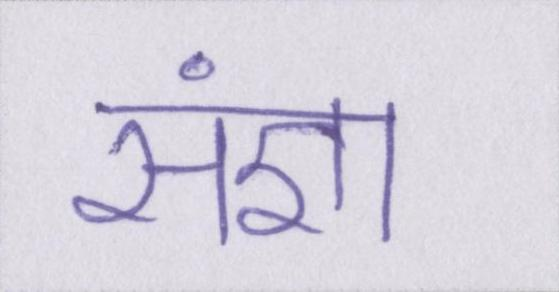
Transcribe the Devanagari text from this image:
संज्ञा